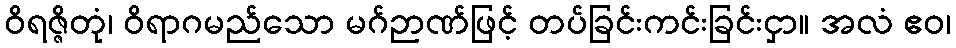
ဝိရဇ္ဇိတုံ၊ ဝိရာဂမည်သော မဂ်ဉာဏ်ဖြင့် တပ်ခြင်းကင်းခြင်းငှာ။ အလံ ဧဝ၊